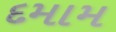
દમામ